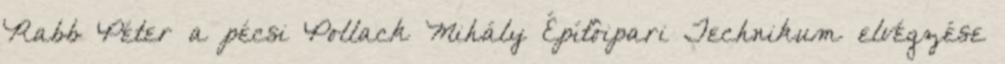
Rabb Péter a pécsi Pollack Mihály Építôipari Technikum elvégzése